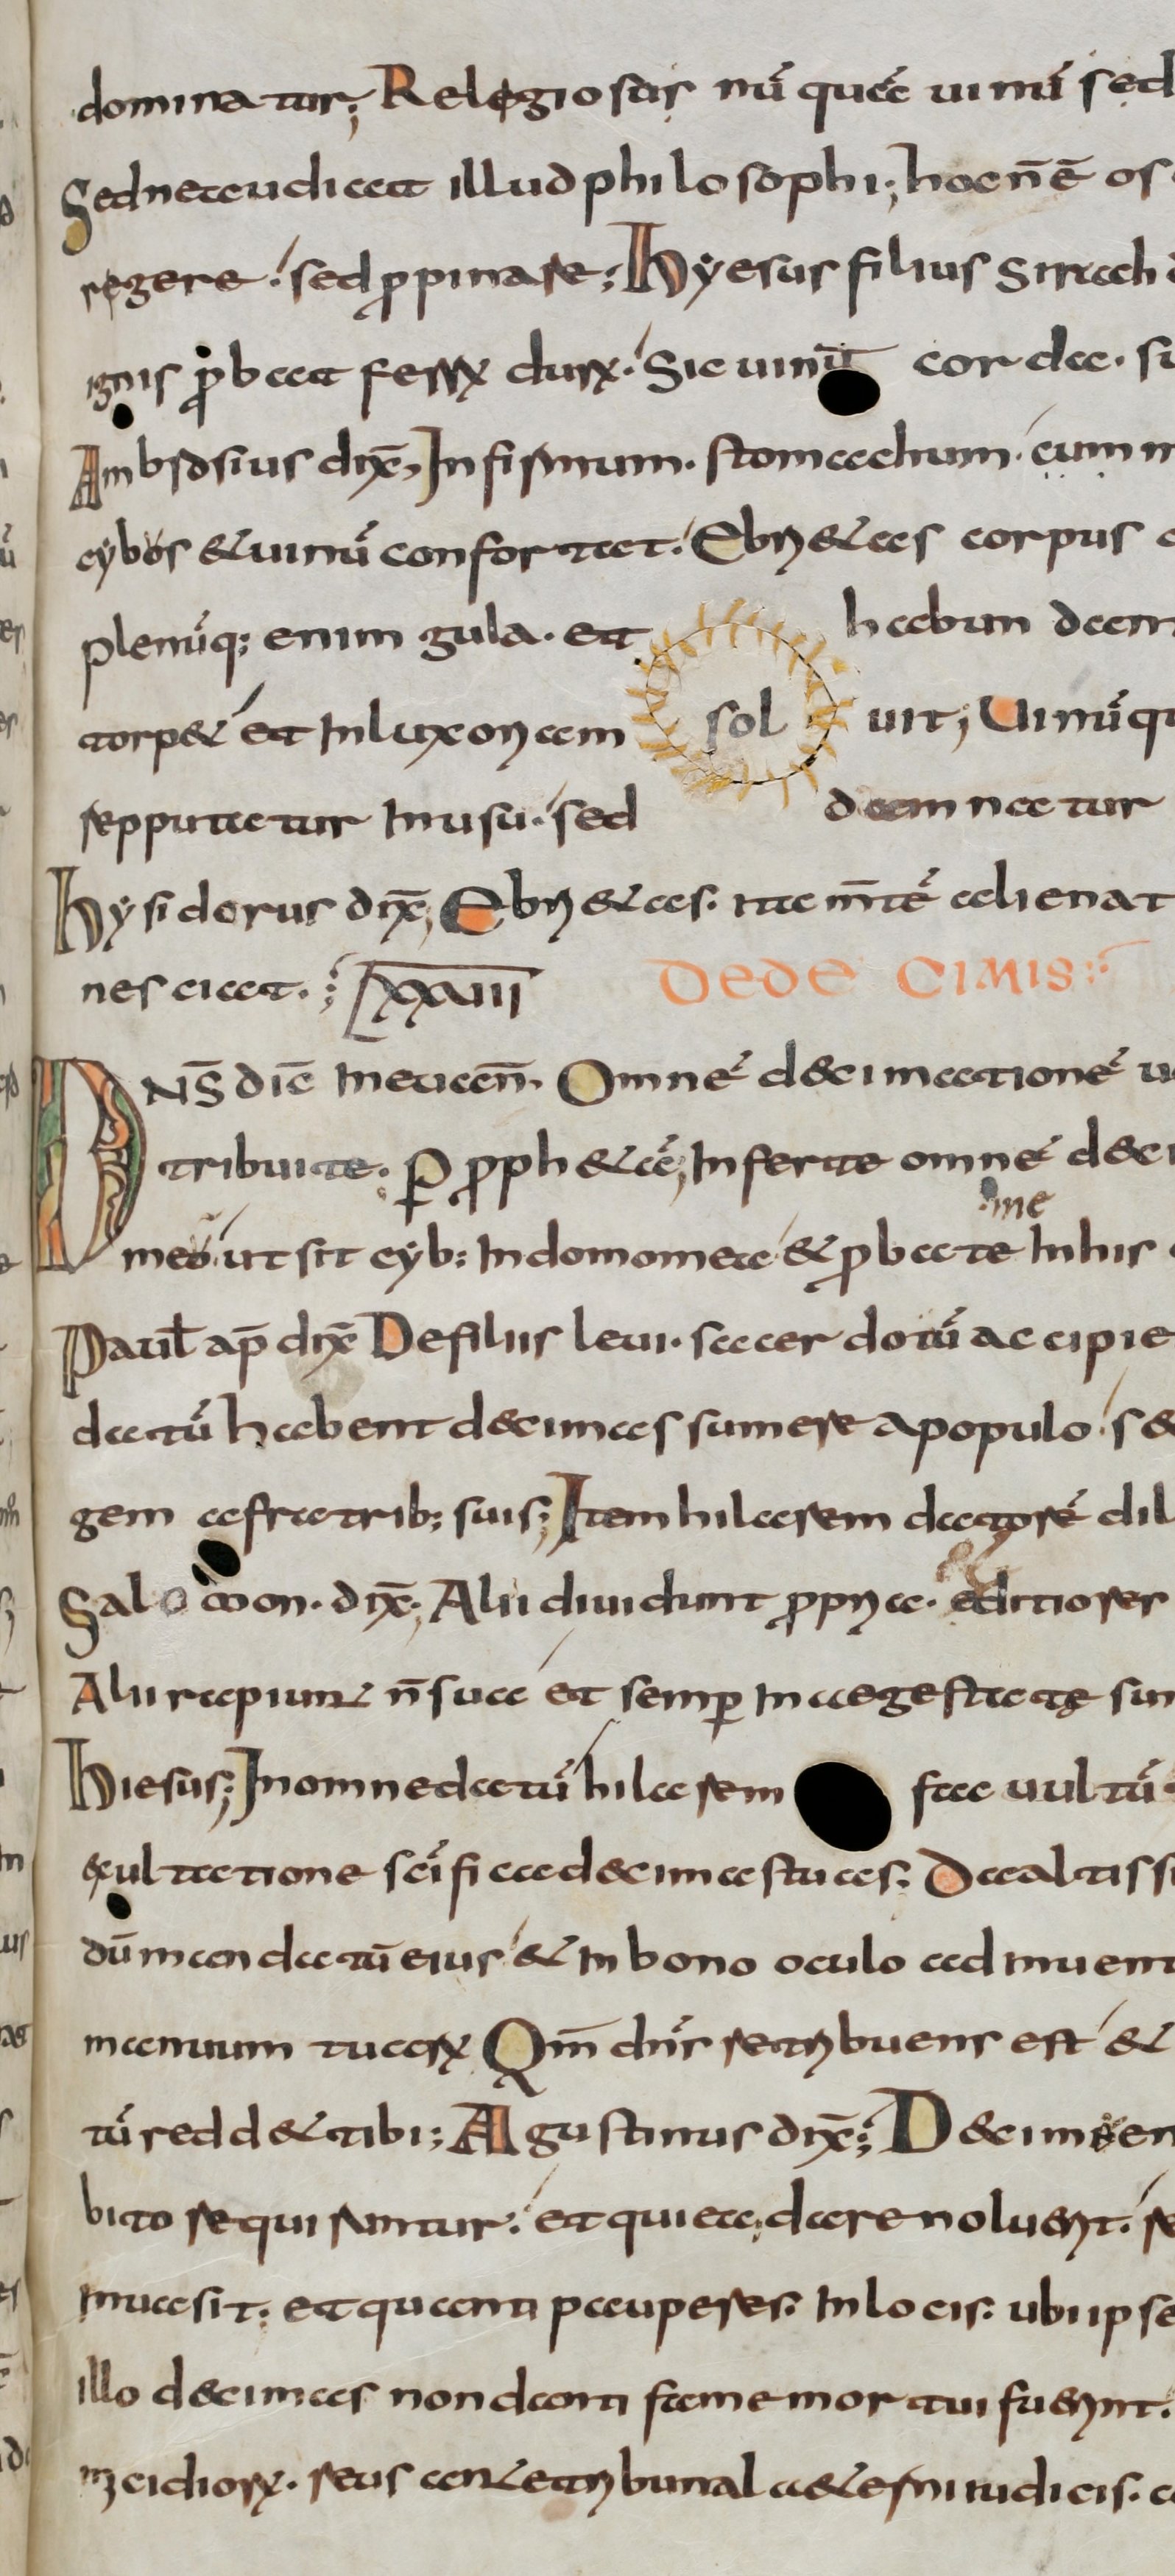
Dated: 800–830